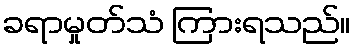
ခရာမှုတ်သံ ကြားရသည်။